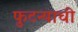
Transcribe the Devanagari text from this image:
फुटन्याची